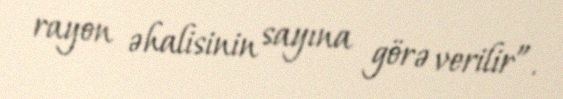
rayon əhalisinin sayına görə verilir”.